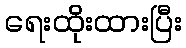
ရေးထိုးထားပြီး